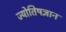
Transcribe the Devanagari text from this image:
ज्योतिषज्ञान